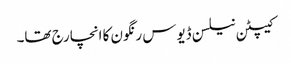
کیپٹن نیلسن ڈیوس رنگون کا انچارج تھا۔